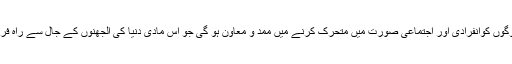
امہ تاجیہ ان تمام لوگوں کوانفرادی اور اجتماعی صورت میں متحرک کرنے میں ممد و معاون ہو گی جو اس مادی دنیا کی الجھنوں کے جال سے راہ فرار کے خواہاں ہیں۔